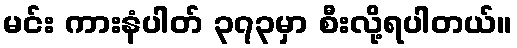
မင်း ကားနံပါတ် ၃၇၃မှာ စီးလို့ရပါတယ်။